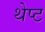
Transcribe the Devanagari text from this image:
थेप्ट